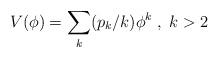
LaTeX: \begin{align*}V(\phi) = \sum_k (p_k / k) \phi^k \; , \; k > 2\end{align*}